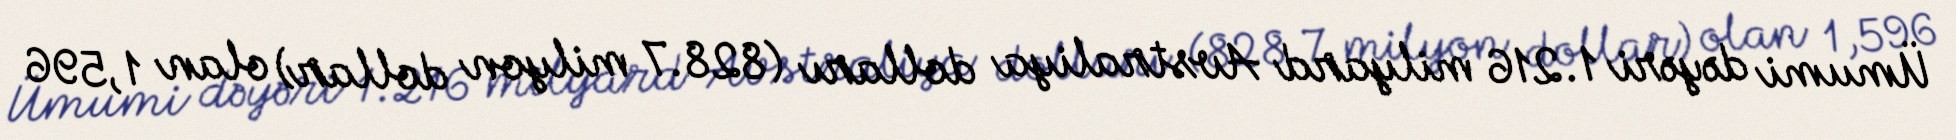
Ümumi dəyəri 1.216 milyard Avstraliya dolları (828.7 milyon dollar) olan 1,596